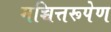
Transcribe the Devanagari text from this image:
मच्चित्तरूपेण